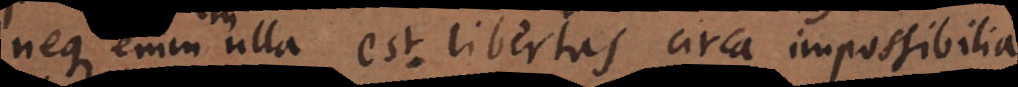
Neque enim nulla est libertas circa impossibilia,